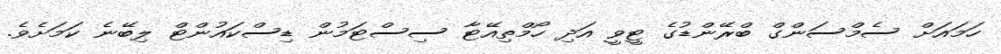
ހަމައަށް ސެމްސަންގް ބްރޭންޑުގެ ޓީވީ އަދި ހޯމްތިއޭޓާ ސިސްޓަމުން ޑިސްކައުންޓް ލިބޭނެ ކަމަށެވެ.